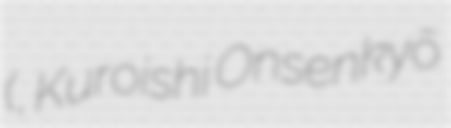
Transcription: (黒石温泉郷県立自然公園, Kuroishi Onsenkyō